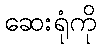
ဆေးရုံကို